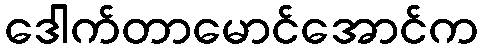
ဒေါက်တာမောင်အောင်က